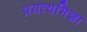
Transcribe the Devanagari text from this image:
प्रयत्यभिज्ञा